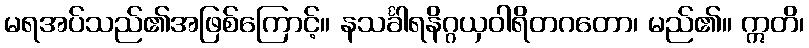
မရအပ်သည်၏အဖြစ်ကြောင့်။ နသင်္ခါရနိဂ္ဂယှဝါရိတဂတော၊ မည်၏။ ဣတိ၊